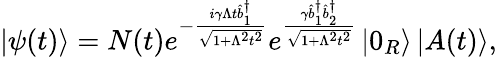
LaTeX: \left\vert\psi(t)\right\rangle=N(t)e^{-\frac{i\gamma\Lambda t\hat{b}_{1}^{\dagger}}{\sqrt{1+\Lambda^{2}t^{2}}}}e^{\frac{\gamma\hat{b}_{1}^{\dagger}\hat{b}_{2}^{\dagger}}{\sqrt{1+\Lambda^{2}t^{2}}}}\left\vert 0_{R}\right\rangle\left\vert A(t)\right\rangle,